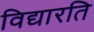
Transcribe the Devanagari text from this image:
विद्यारति